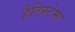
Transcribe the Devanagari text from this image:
हैलिस्टेमा